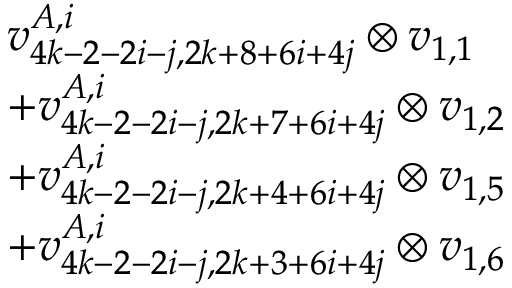
\begin{array} { r l } & { v _ { 4 k - 2 - 2 i - j , 2 k + 8 + 6 i + 4 j } ^ { A , i } \otimes v _ { 1 , 1 } } \\ & { + v _ { 4 k - 2 - 2 i - j , 2 k + 7 + 6 i + 4 j } ^ { A , i } \otimes v _ { 1 , 2 } } \\ & { + v _ { 4 k - 2 - 2 i - j , 2 k + 4 + 6 i + 4 j } ^ { A , i } \otimes v _ { 1 , 5 } } \\ & { + v _ { 4 k - 2 - 2 i - j , 2 k + 3 + 6 i + 4 j } ^ { A , i } \otimes v _ { 1 , 6 } } \end{array}